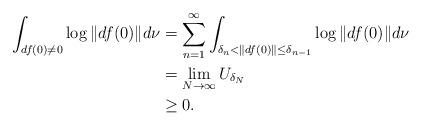
LaTeX: \begin{align*}\int_{ df(0)\neq 0}\log \Vert df(0)\Vert d\nu&=\sum_{n=1}^{\infty}\int_{\delta_n<\Vert df(0)\Vert \le\delta_{n-1}}\log\Vert df(0)\Vert d\nu\\&=\lim_{N\to\infty}U_{\delta_N}\\&\ge 0.\end{align*}